Annual report of the Punjab Veterinary College and of the Civil Veterinary Department, Punjab - 1920-1925
Year: 1920
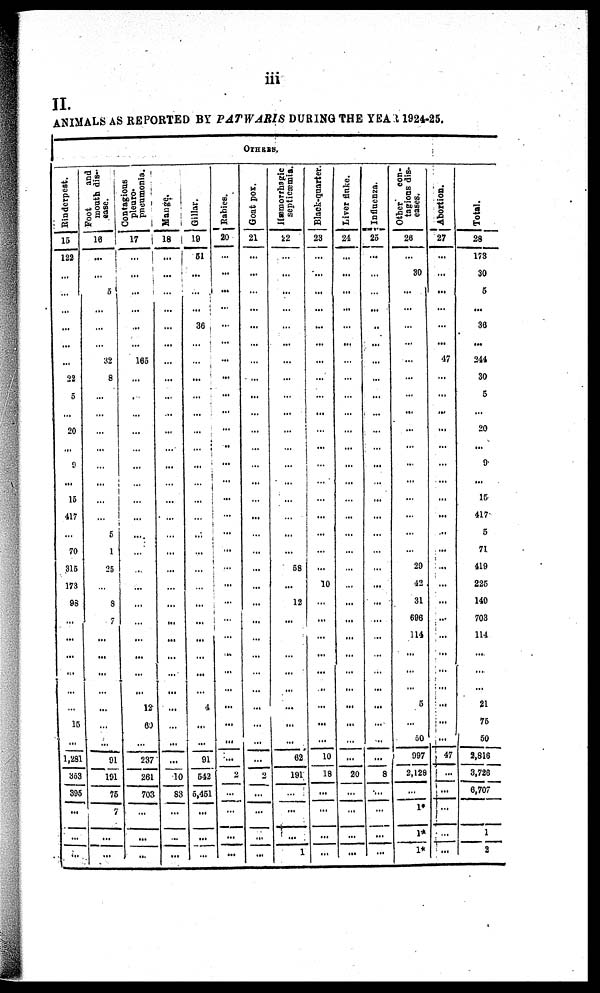
iii
II.
ANIMALS AS REPORTED BY PATWARIS DURING THE YEAR 1924-25.
OTHERS.
Rinderpest.
15
122
...
...
...
...
...
...
22
5
...
20
...
9
...
15
417
...
70
315
173
98
...
...
...
...
...
...
15
...
1,281
353
395
...
...
...
Foot
and
mouth dis-
ease.
16
...
...
5
...
...
...
32
8
...
...
...
...
...
...
...
...
5
1
25
...
3
7
...
...
...
...
...
...
...
91
191
75
7
...
...
Contagious
pleuro-
pneumonia.
17
...
...
...
...
...
...
165
...
...
...
...
...
...
...
...
...
...
...
...
...
...
...
...
...
...
...
12
60
...
237
261
703
...
...
...
Mange.
18
...
...
...
...
...
...
...
...
...
...
...
...
...
...
...
...
...
...
...
...
...
...
...
...
...
...
...
...
...
10
83
...
...
...
Gillar.
19
51
...
...
...
36
...
...
...
...
...
...
...
...
...
...
...
...
...
...
...
...
...
...
...
...
...
4
...
...
91
542
5,451
...
...
...
Rabies.
20
...
...
...
...
...
...
...
...
...
...
...
...
...
...
...
...
...
...
...
...
...
...
...
...
...
...
...
...
...
...
2
...
...
...
...
Goat pox.
21
...
...
...
...
...
...
...
...
...
...
...
...
...
...
...
...
...
...
...
...
...
...
...
...
...
...
...
...
...
...
2
...
...
...
...
Hæmorrhagic
septicæmia.
22
...
...
...
...
...
...
...
...
...
...
...
...
...
...
...
...
...
...
58
...
12
...
...
...
...
...
...
...
...
62
191
...
...
...
1
Black-quarter.
23
...
...
...
...
...
...
...
...
...
...
...
...
...
...
...
...
...
...
...
10
...
...
...
...
...
...
...
...
...
10
18
...
...
...
...
Liver fluke.
24
...
...
...
...
...
...
...
...
...
...
...
...
...
...
...
...
...
...
...
...
...
...
...
...
...
...
...
...
...
...
20
...
...
...
...
Influenza.
25
...
...
...
...
...
...
...
...
...
...
...
...
...
...
...
...
...
...
...
...
...
...
...
...
...
...
...
...
...
...
8
...
...
...
...
Other
con-
tagions dis-
eases.
26
...
30
...
...
...
...
...
...
...
...
...
...
...
...
...
...
...
...
29
42
31
696
114
...
...
...
5
...
50
997
2,128
...
1*
1*
1*
Abortion.
27
...
...
...
...
...
...
47
...
...
...
...
...
...
...
...
...
...
...
...
...
...
...
...
...
...
...
...
...
...
47
...
...
...
...
...
Total.
28
173
30
5
...
36
...
244
30
5
...
20
...
9
...
15
417
5
71
419
225
149
703
114
...
...
...
21
75
50
2,816
3,726
6,707
1
2